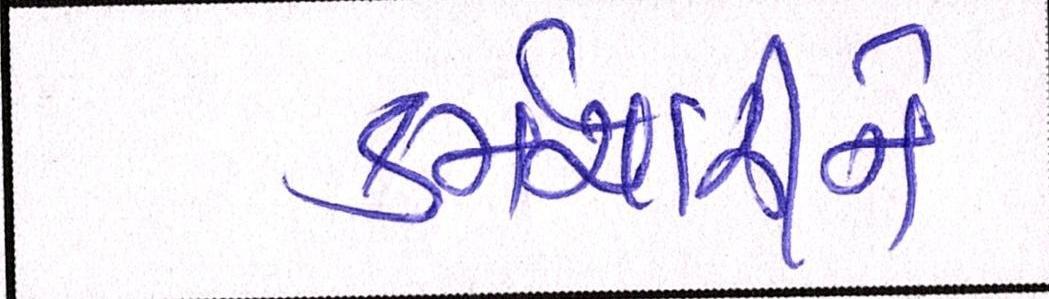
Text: કર્મચારીને